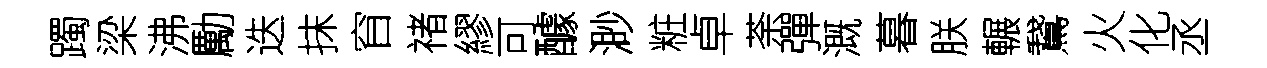
躅梁沸勵迭抹窅禇繆可醵渺粧卓荼彈溉暮朕輾鵞火化丞